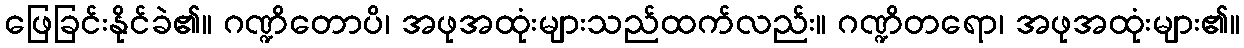
ဖြေခြင်းနိုင်ခဲ၏။ ဂဏ္ဍိတောပိ၊ အဖုအထုံးများသည်ထက်လည်း။ ဂဏ္ဍိတရော၊ အဖုအထုံးများ၏။